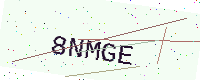
Text: 8NMGE